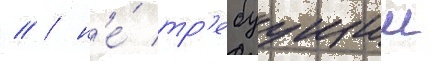
// / н'е́ тр'ебуущии